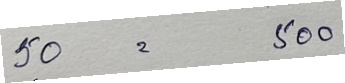
50 = 500